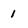
Character: 1